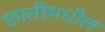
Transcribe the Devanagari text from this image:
छातीमधील